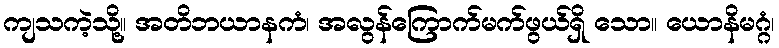
ကျသကဲ့သို့။ အတိဘယာနကံ၊ အလွန်ကြောက်မက်ဖွယ်ရှိ သော။ ယောနိမဂ္ဂံ၊